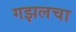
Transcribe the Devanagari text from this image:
गझलचा